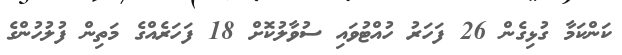
ކަންކަމާ ގުޅިގެން 26 ފަހަރު ހުއްޓުވައި ސުވާލުކޮށް 18 ފަހަރެއްގެ މަތިން ފުލުހުންގެ